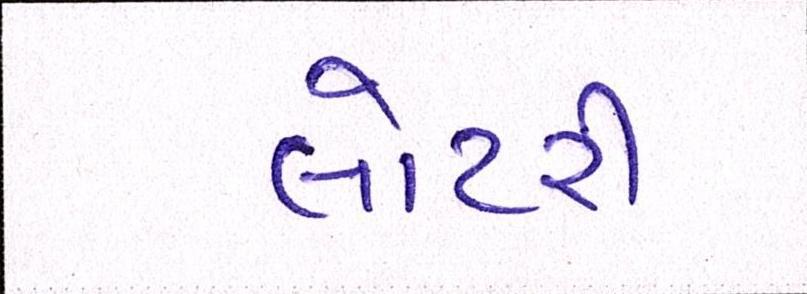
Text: લોટરી